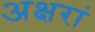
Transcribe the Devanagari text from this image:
अक्षरां